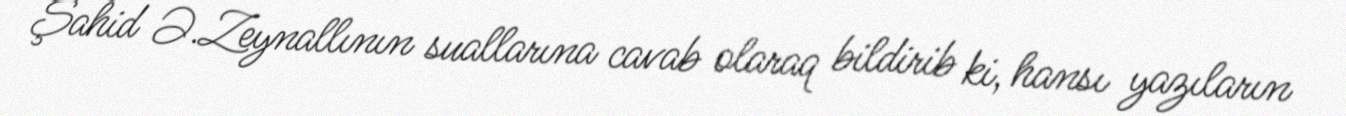
Şahid Ə.Zeynallının suallarına cavab olaraq bildirib ki, hansı yazıların